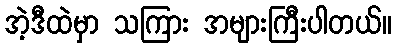
အဲ့ဒီထဲမှာ သကြား အများကြီးပါတယ်။